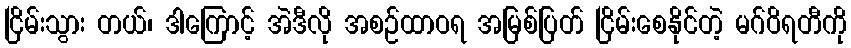
ငြိမ်းသွား တယ်၊ ဒါကြောင့် အဲဒီလို အစဉ်ထာဝရ အမြစ်ပြတ် ငြိမ်းစေနိုင်တဲ့ မဂ်ဝိရတီကို